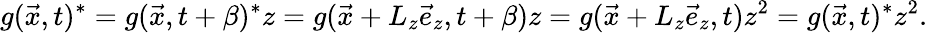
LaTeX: g(\vec{x},t)^{*}=g(\vec{x},t+\beta)^{*}z=g(\vec{x}+L_{z}\vec{e}_{z},t+\beta)z=g(\vec{x}+L_{z}\vec{e}_{z},t)z^{2}=g(\vec{x},t)^{*}z^{2}.